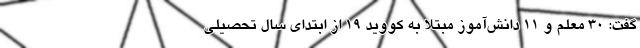
گفت: ۳۰ معلم و ۱۱ دانش‌آموز مبتلا به کووید ۱۹ از ابتدای سال تحصیلی